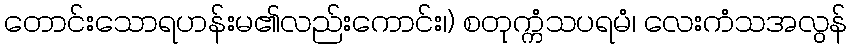
တောင်းသောရဟန်းမ၏လည်းကောင်း၊) စတုက္ကံသပရမံ၊ လေးကံသအလွန်